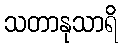
သတာနုသာရိ